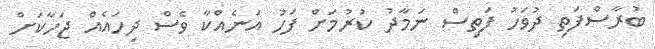
ބުރާސްފަތި ދުވަހު ފަތިސް ނަމާދު ކުރުމަށް ފަހު އަނެއްކާ ވެސް ދިހައެއް ޖަހާކަށް